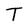
Character: T